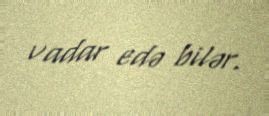
vadar edə bilər.